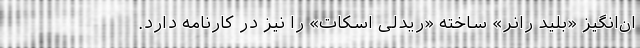
ان‌انگیز «بلید رانر» ساخته «ریدلی اسکات» را نیز در کارنامه دارد.